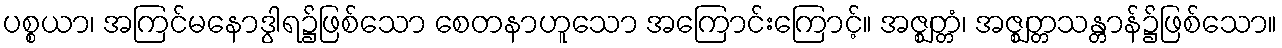
ပစ္စယာ၊ အကြင်မနောဒွါရ၌ဖြစ်သော စေတနာဟူသော အကြောင်းကြောင့်။ အဇ္ဈတ္တံ၊ အဇ္ဈတ္တသန္တာန်၌ဖြစ်သော။